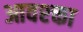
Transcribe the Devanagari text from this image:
आवश्क्ता